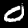
Digit: 0